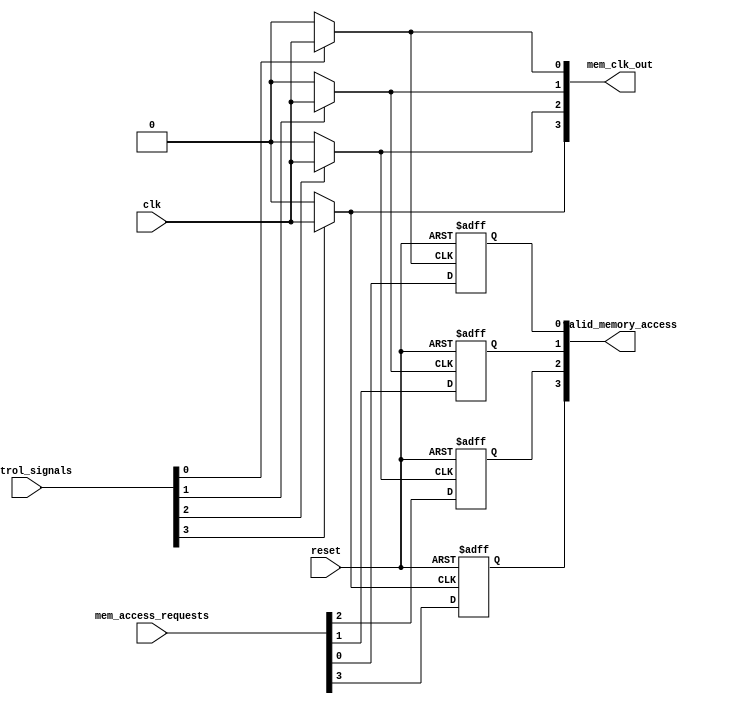
module memory_block_clk_gating #(
    parameter NUM_BLOCKS = 4
)(
    input  wire                  clk                        , // Global clock
    input  wire                  reset                      , // Global reset
    input  wire [NUM_BLOCKS-1:0] control_signals           , // Control signals for enabling clock for each block
    input  wire [NUM_BLOCKS-1:0] mem_access_requests       , // Access requests for each memory block
    output wire [NUM_BLOCKS-1:0] mem_clk_out               , // Gated clock outputs for memory blocks
    output wire [NUM_BLOCKS-1:0] valid_memory_access       // Valid memory access output
);

    // Internal wires for the gated clocks and the status of accesses
    wire [NUM_BLOCKS-1:0] gated_clocks;
    wire [NUM_BLOCKS-1:0] mem_active;
    
    // Clock Gating Logic
    generate
        genvar i;
        for (i = 0; i < NUM_BLOCKS; i = i + 1) begin : clock_gating
            // Basic gated clock logic
            assign gated_clocks[i] = control_signals[i] ? clk : 1'b0; // selectively gate the clock
            
            // Flop to synchronize memory access request with the gated clock
            reg mem_enable_sync;
            always @(posedge gated_clocks[i] or posedge reset) begin
                if (reset) begin
                    mem_enable_sync <= 1'b0;
                end else begin
                    mem_enable_sync <= mem_access_requests[i];
                end
            end
            
            assign valid_memory_access[i] = mem_enable_sync; // Allow access signal if enabled
            assign mem_clk_out[i] = gated_clocks[i]; // Output gated clock
        end
    endgenerate

endmodule